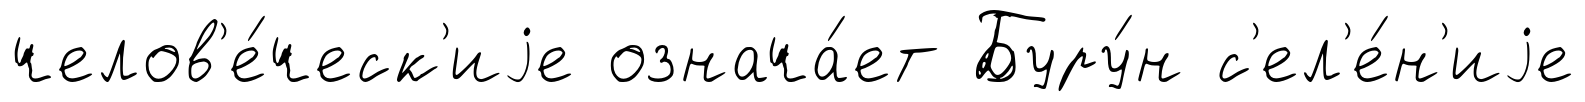
челов'е́ческ'иjе означа́ет Буру́н с'ел'е́н'иjе